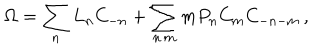
\Omega = \sum _ { n } L _ { n } C _ { - n } + \sum _ { n \, m } m P _ { n } C _ { m } C _ { - n - m } \, ,